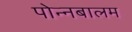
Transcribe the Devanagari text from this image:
पोन्नबालम